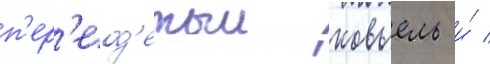
п'ер'еод'етыи ковьель и́ /